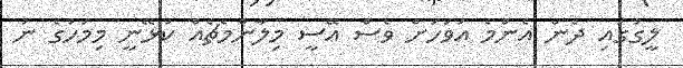
ލީގުގައި ދެން އެންމެ އަވަހަށް ވެސް އޭސީ މިލާންމެޗެއް ކުޅޭނީ މިމަހުގެ ނު